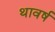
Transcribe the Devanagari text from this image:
थावर्ष